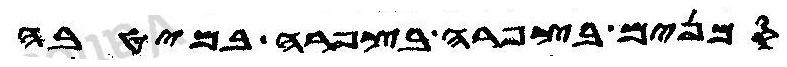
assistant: סמנים בצפרה בצפרה במיטבה